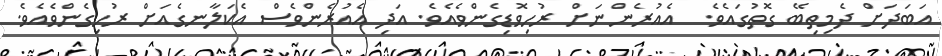
އަބަދަށް ދެމިތިބޭ ގޮތުގައެވެ.  އެއުރެންނަށް ރުހިވޮޑިގެންވެއެވެ. އަދި އެއުރެންވެސް އެކަލާނގެއަށް ރުހިގެންވެއެވެ.